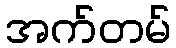
အက်တမ်